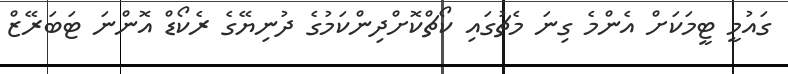
ގައުމީ ޓީމަކަށް އެންމެ ގިނަ މެޗުގައި ކޯޗްކޮށްދިންކަމުގެ ދުނިޔޭގެ ރެކޯޑް އޮންނަ ޓަބަރޭޒް